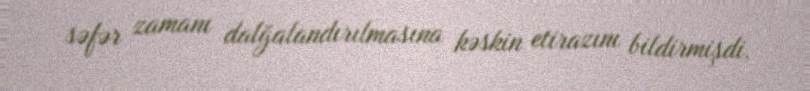
səfər zamanı dalğalandırılmasına kəskin etirazını bildirmişdi.